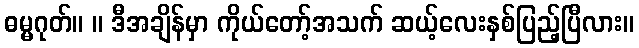
ဓမ္မဂုတ်။ ။ ဒီအချိန်မှာ ကိုယ်တော့်အသက် ဆယ့်လေးနှစ်ပြည့်ပြီလား။